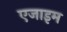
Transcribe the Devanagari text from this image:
एजाइम